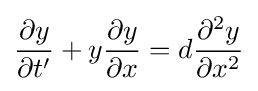
{\frac {\partial y}{\partial t'}}+y{\frac {\partial y}{\partial x}}=d{\frac {\partial ^{2}y}{\partial x^{2}}}